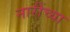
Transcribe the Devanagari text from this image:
नारींच्या